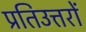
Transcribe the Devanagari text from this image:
प्रतिउत्तरों